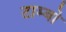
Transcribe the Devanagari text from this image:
टाम्‍बो